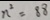
n ^ { 2 } = 8 8